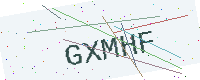
Text: GXMHF